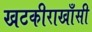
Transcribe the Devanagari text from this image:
खटकीराखाँसी